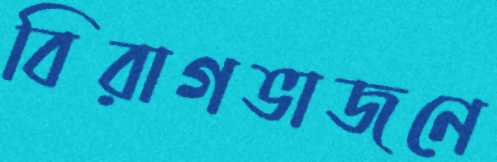
বিরাগভাজনে